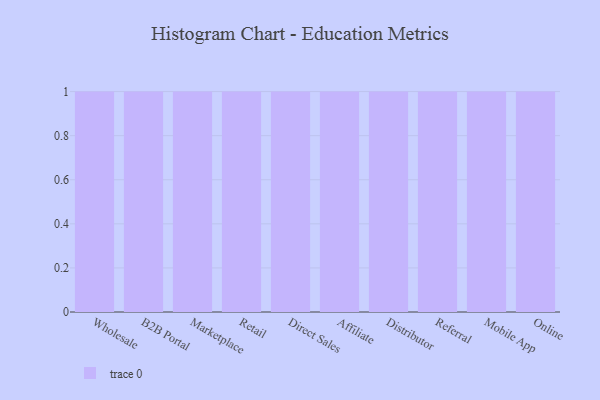
{"axis": {"x": "Channel", "y": "Gross Profit (USD K)"}, "legend": [""], "data": [{"x": "Wholesale", "y": 47, "type": ""}, {"x": "B2B Portal", "y": 66, "type": ""}, {"x": "Marketplace", "y": 98, "type": ""}, {"x": "Retail", "y": 22, "type": ""}, {"x": "Direct Sales", "y": 93, "type": ""}, {"x": "Affiliate", "y": 15, "type": ""}, {"x": "Distributor", "y": 89, "type": ""}, {"x": "Referral", "y": 37, "type": ""}, {"x": "Mobile App", "y": 81, "type": ""}, {"x": "Online", "y": 25, "type": ""}]}